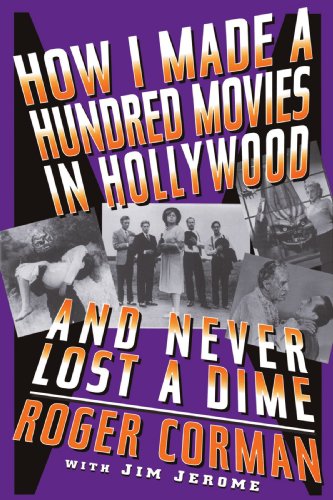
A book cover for How I Made A Hundred Movies In Hollywood And Never Lost A Dime; Roger Corman; Humor & Entertainment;